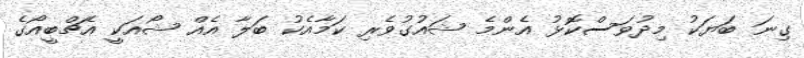
ގިނަ ބަޔަކު މިދުވަސްކޮޅު އެންމެ ޝައުގުވެރި ކަމާއެކު ބަލާ އެއް ޝޯއަކީ އެޗްބީއޯގެ